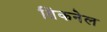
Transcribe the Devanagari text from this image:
तिंकनेल